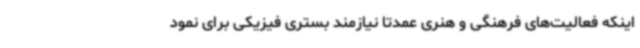
اینکه فعالیت‌های فرهنگی و هنری عمدتا نیازمند بستری فیزیکی برای نمود